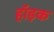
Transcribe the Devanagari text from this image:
हॉइक